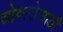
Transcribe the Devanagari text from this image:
व्येव्स्तेसाठी